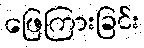
ဖြေကြားခြင်း